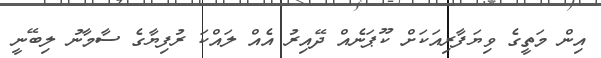
އިން މަތީގެ ވިޔަފާރިއަކަށް ކޫޕަނެއް ދޭއިރު އެއް ލައްކަ ރުފިޔާގެ ސާމާނު ލިބޭނީ